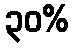
၃၀%